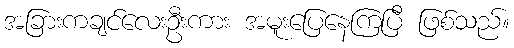
အခြားကချင်လေးဦးကား အမူးပြေနေကြပြီ ဖြစ်သည်။